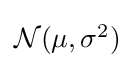
{\textstyle {\mathcal {N}}(\mu ,\sigma ^{2})}